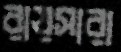
রায়সারা